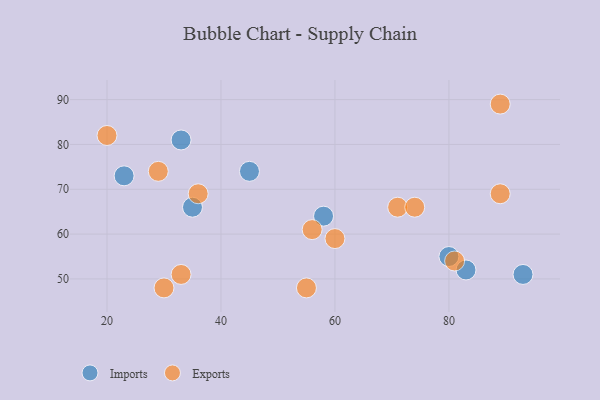
{"axis": {"x": "GDP", "y": "Life Expectancy"}, "legend": ["Exports", "Imports"], "data": [{"x": "33", "y": 81, "type": "Imports"}, {"x": "45", "y": 74, "type": "Imports"}, {"x": "35", "y": 66, "type": "Imports"}, {"x": "83", "y": 52, "type": "Imports"}, {"x": "93", "y": 51, "type": "Imports"}, {"x": "58", "y": 64, "type": "Imports"}, {"x": "80", "y": 55, "type": "Imports"}, {"x": "23", "y": 73, "type": "Imports"}, {"x": "71", "y": 66, "type": "Exports"}, {"x": "20", "y": 82, "type": "Exports"}, {"x": "33", "y": 51, "type": "Exports"}, {"x": "36", "y": 69, "type": "Exports"}, {"x": "29", "y": 74, "type": "Exports"}, {"x": "89", "y": 69, "type": "Exports"}, {"x": "89", "y": 89, "type": "Exports"}, {"x": "74", "y": 66, "type": "Exports"}, {"x": "30", "y": 48, "type": "Exports"}, {"x": "60", "y": 59, "type": "Exports"}, {"x": "55", "y": 48, "type": "Exports"}, {"x": "81", "y": 54, "type": "Exports"}, {"x": "56", "y": 61, "type": "Exports"}]}